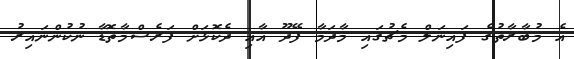
އެ މުބާރާތުގެ ފައިނަލް މެޗުގައި މާދަމާ ފޭދޫ އާއި ދެކޮޅަށް ފަރެސްމާތޮޑާ ނުކުންނައިރު